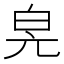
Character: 𤽕